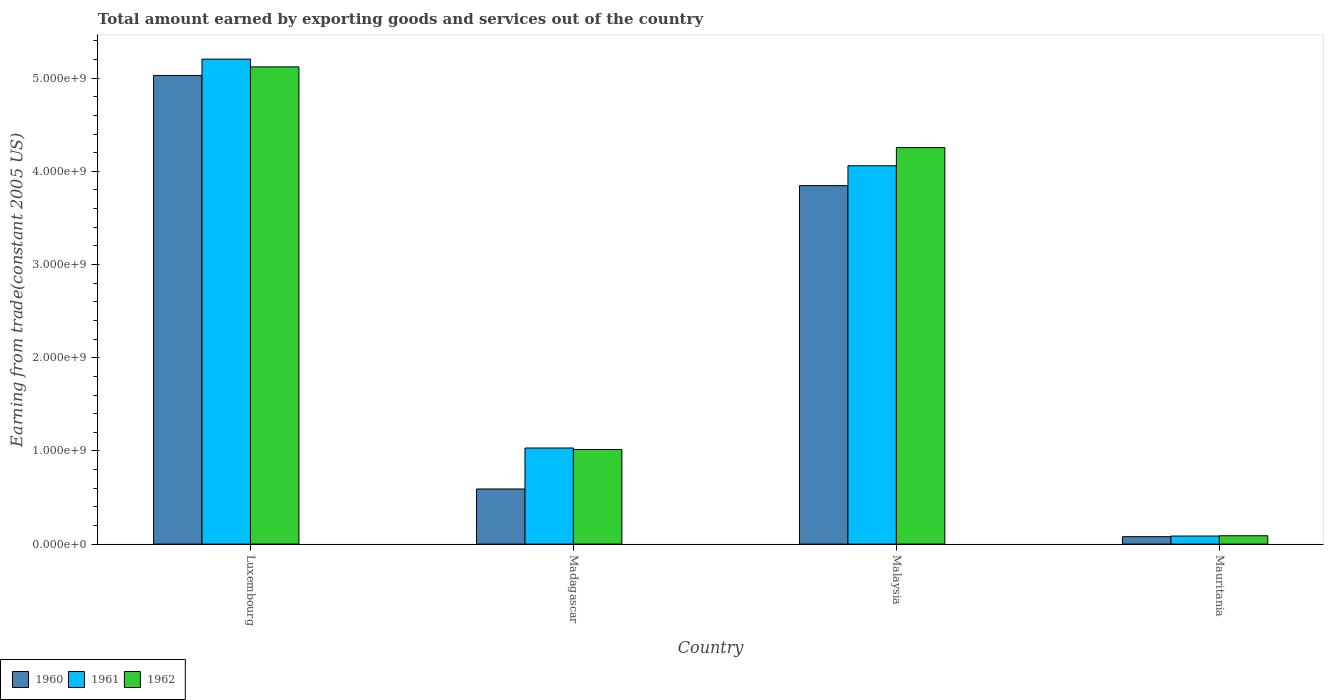
| Country | 1960 | 1961 | 1962 |
 | --- | --- | --- | --- |
 | Luxembourg | 5.03e+09 | 5.2e+09 | 5.12e+09 |
 | Madagascar | 5.92e+08 | 1.03e+09 | 1.02e+09 |
 | Malaysia | 3.85e+09 | 4.06e+09 | 4.25e+09 |
 | Mauritania | 7.97e+07 | 8.64e+07 | 8.95e+07 |